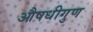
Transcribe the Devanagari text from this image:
औषधीगुण